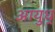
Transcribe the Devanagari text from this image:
आयुध्